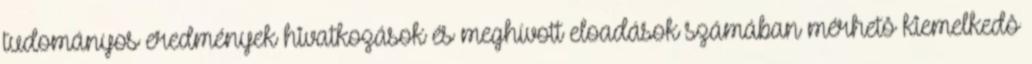
tudományos eredmények hivatkozások és meghívott eloadások számában mérhetô kiemelkedô